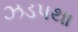
ઝડપથા